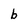
Character: b